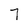
Character: 7